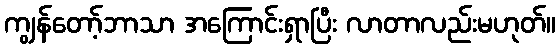
ကျွန်တော့်ဘာသာ အကြောင်းရှာပြီး လာတာလည်းမဟုတ်။